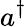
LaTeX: a^{\dagger}